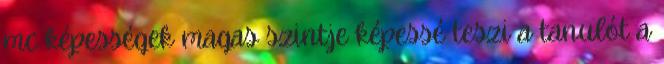
mc képességek magas szintje képessé teszi a tanulót a